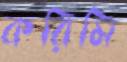
করিমি